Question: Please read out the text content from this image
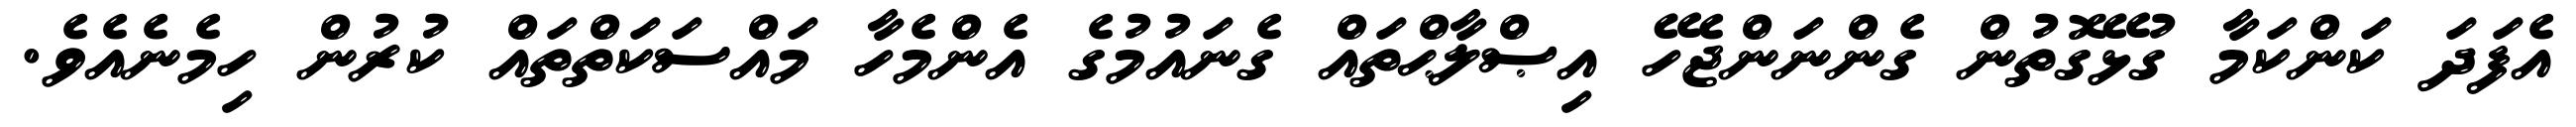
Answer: އެފަދަ ކަންކަމާ ގުޅޭގޮތުން ގެންނަންޖެހޭ އިޞްލާޙްތައް ގެނައުމުގެ އެންމެހާ މައްސަކަތްތައް ކުރުން ހިމެނެއެވެ.